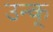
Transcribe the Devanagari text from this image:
उन्क्